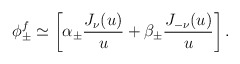
\begin{align*}\phi_\pm^f \simeq \left [ \alpha_\pm {J_\nu(u) \over u} + \beta_\pm {J_{-\nu}(u) \over u} \right ].\end{align*}